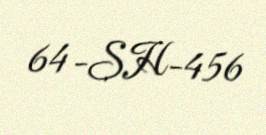
64-SH-456